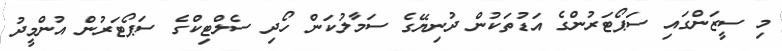
މި ސީޒަންގައި ސަޕޯޓަރުންގެ އަޑުތަކުން ދުނިޔޭގެ ސަމާލުކަން ހޯދި ސެލްޓިކްގެ ސަޕޯޓަރުން އުންމީދު